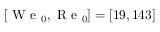
[ \mathrm { ~ W ~ e ~ } _ { 0 } , \mathrm { ~ R ~ e ~ } _ { 0 } ] = [ 1 9 , 1 4 3 ]